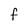
Character: f